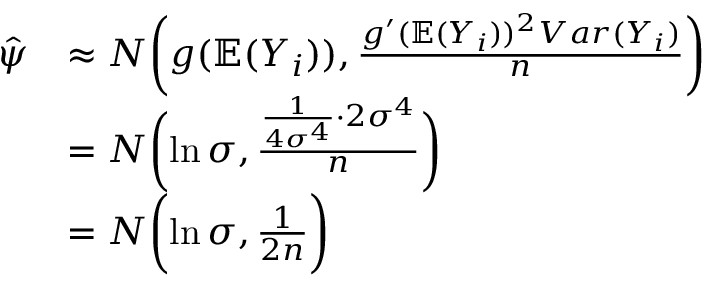
\begin{array} { r l } { \ \hat { \psi } } & { \approx N \biggl ( g ( \mathbb E ( Y _ { i } ) ) , \frac { g ^ { \prime } ( \mathbb E ( Y _ { i } ) ) ^ { 2 } V a r ( Y _ { i } ) } { n } \biggl ) } \\ { \ } & { = N \biggl ( \ln \sigma , \frac { \frac { 1 } { 4 \sigma ^ { 4 } } \cdot 2 \sigma ^ { 4 } } { n } \biggl ) } \\ { \ } & { = N \biggl ( \ln \sigma , \frac { 1 } { 2 n } \biggl ) } \end{array}